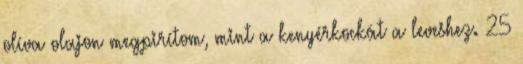
olíva olajon megpirítom, mint a kenyérkockát a leveshez. 25